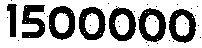
1500000